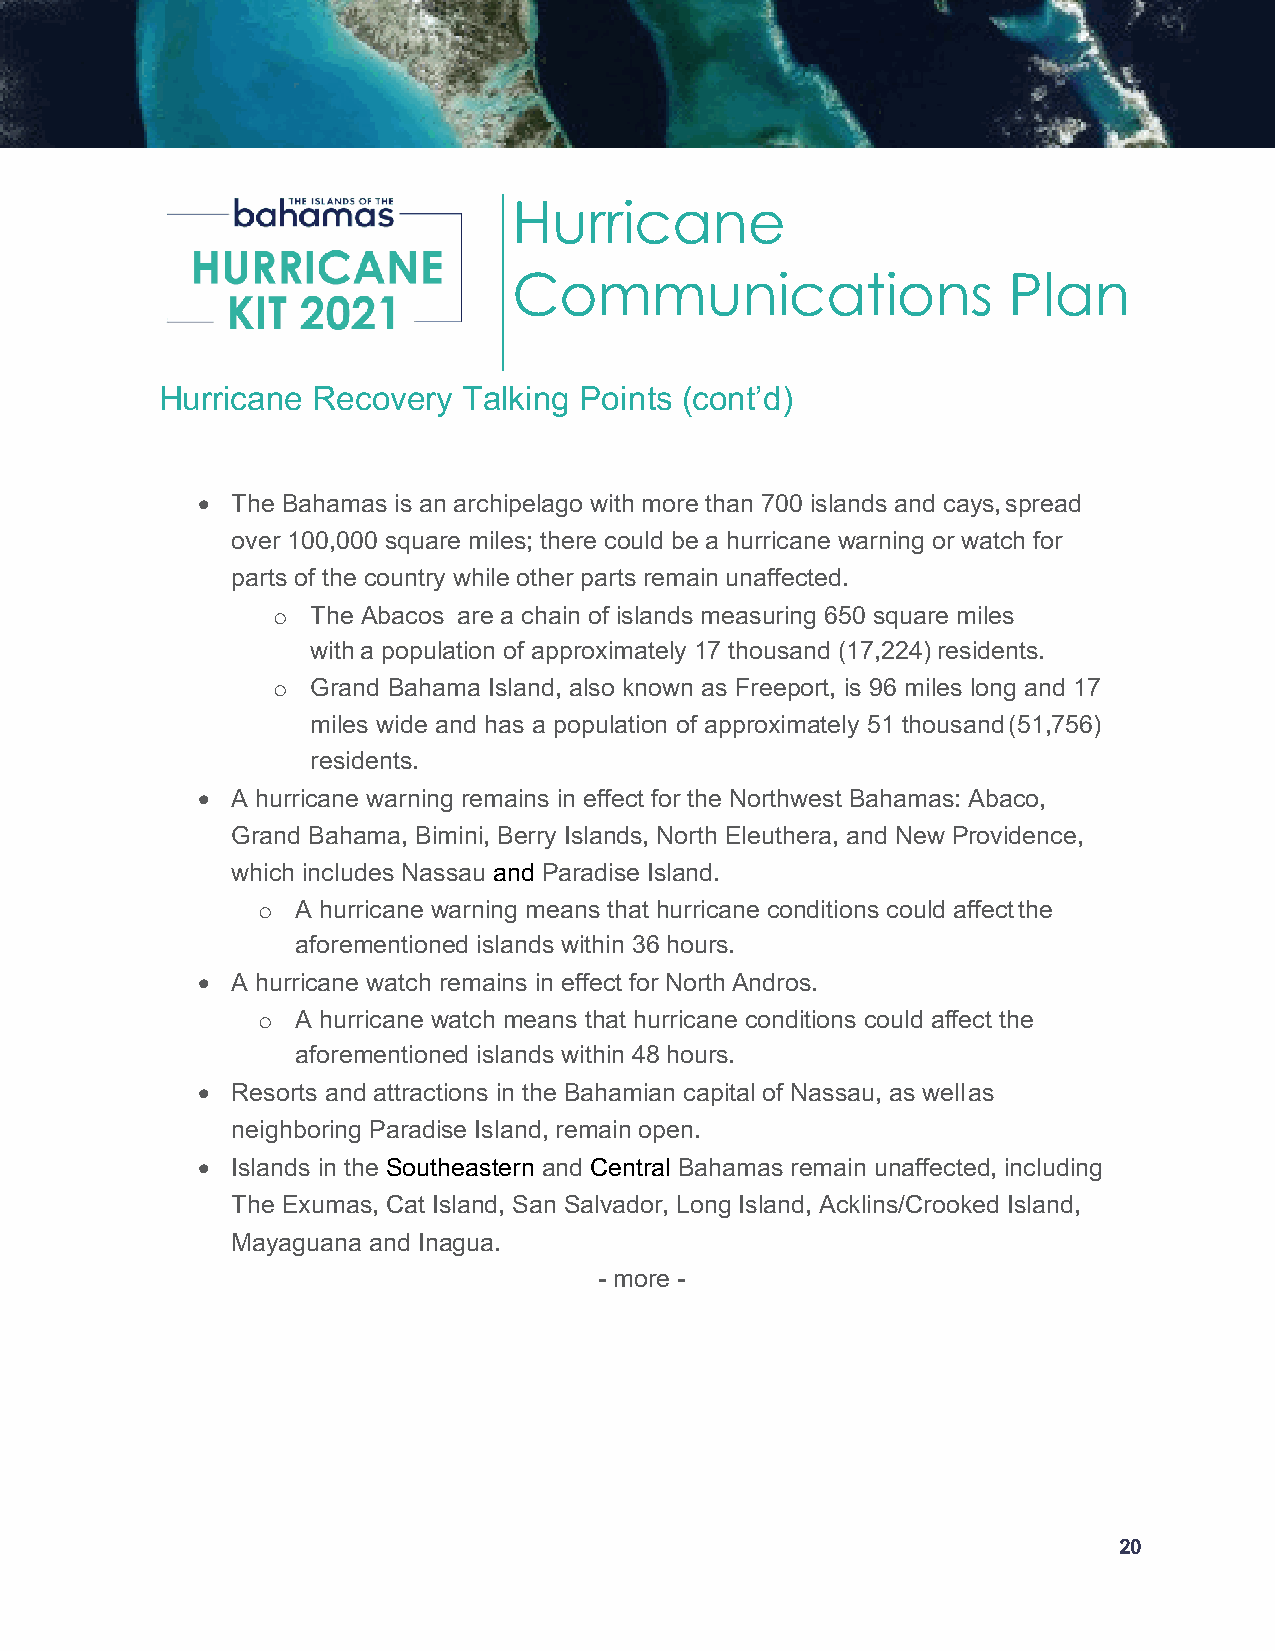
Hurricane
 Communications                   Plan
 Hurricane Recovery  Talking Points (cont’d)
 • The Bahamas is an archipelago with more than 700 islands and cays, spread
 over 100,000 square miles; there could be a hurricane warning or watch for
 parts of the country while other parts remain unaffected.
 o  The Abacos are a chain of islands measuring 650 square miles
 with a population of approximately 17 thousand (17,224) residents.
 o  Grand Bahama Island, also known as Freeport, is 96 miles long and 17
 miles wide and has a population of approximately 51 thousand (51,756)
 residents.
 • A hurricane warning remains in effect for the Northwest Bahamas: Abaco,
 Grand Bahama, Bimini, Berry Islands, North Eleuthera, and New Providence,
 which includes Nassau and Paradise Island.
 o  A hurricane warning means that hurricane conditions could affect the
 aforementioned islands within 36 hours.
 • A hurricane watch remains in effect for North Andros.
 o  A hurricane watch means that hurricane conditions could affect the
 aforementioned islands within 48 hours.
 • Resorts and attractions in the Bahamian capital of Nassau, as well as
 neighboring Paradise Island, remain open.
 • Islands in the Southeastern and Central Bahamas remain unaffected, including
 The Exumas, Cat Island, San Salvador, Long Island, Acklins/Crooked Island,
 Mayaguana and Inagua.
 - more -
 20